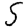
Digit: 5